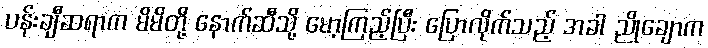
ပန်းချီဆရာက မိမိတို့ နောက်ဆီသို့ မော့ကြည့်ပြီး ပြောလိုက်သည့် အခါ ညိုချောက